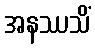
အနဿသိံ